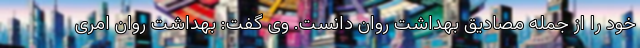
خود را از جمله مصادیق بهداشت روان دانست. وی گفت: بهداشت روان امری